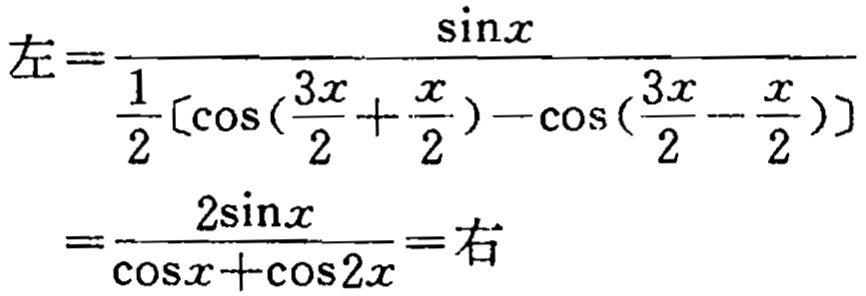
\[
\begin{align*}
左&=\frac{\sin x}{\frac{1}{2}[\cos(\frac{3x}{2}+\frac{x}{2})-\cos(\frac{3x}{2}-\frac{x}{2})]}\\
&=\frac{2\sin x}{\cos x + \cos 2x}=右
\end{align*}
\]